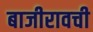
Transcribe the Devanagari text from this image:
बाजीरावची